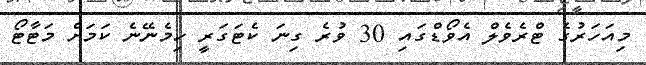
މިއަހަރުގެ ޓްރެވެލް އެވޯޑްގައި 30 ވުރެ ގިނަ ކެޓަގަރީ ހިމެނޭނެ ކަމަށް މަޓާޓޯ